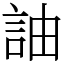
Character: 䛆